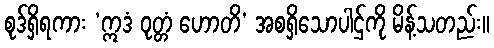
စုဒ်ရှိရကား ‘ဣဒံ ဝုတ္တံ ဟောတိ’ အစရှိသောပါဌ်ကို မိန့်သတည်း။